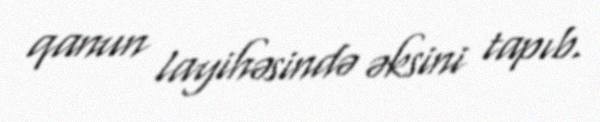
qanun layihəsində əksini tapıb.